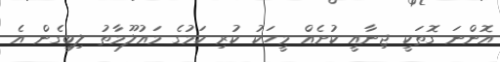
އޮންނަ ގޮތަކީ ޖިނާއީ ކުށެއް މީހަކު ކުރި ކަމުގެ މައުލޫމާތު ލިބިގެން އެ